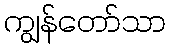
ကျွန်တော်သာ